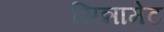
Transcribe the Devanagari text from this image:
सिन्नामेट